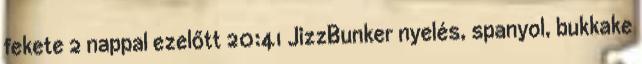
fekete 2 nappal ezelőtt 20:41 JizzBunker nyelés, spanyol, bukkake